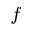
_ f